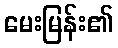
မေးမြန်း၏